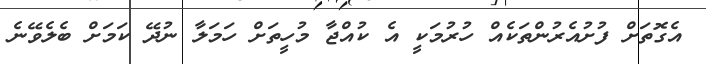
އެގޮތަށް ފުށުއެރުންތަކެއް ހުރުމަކީ އެ ކުއްޖާ މުހީތަށް ހަމަލާ ނުދޭ ކަމަށް ބެލެވޭނެ